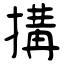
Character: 搆